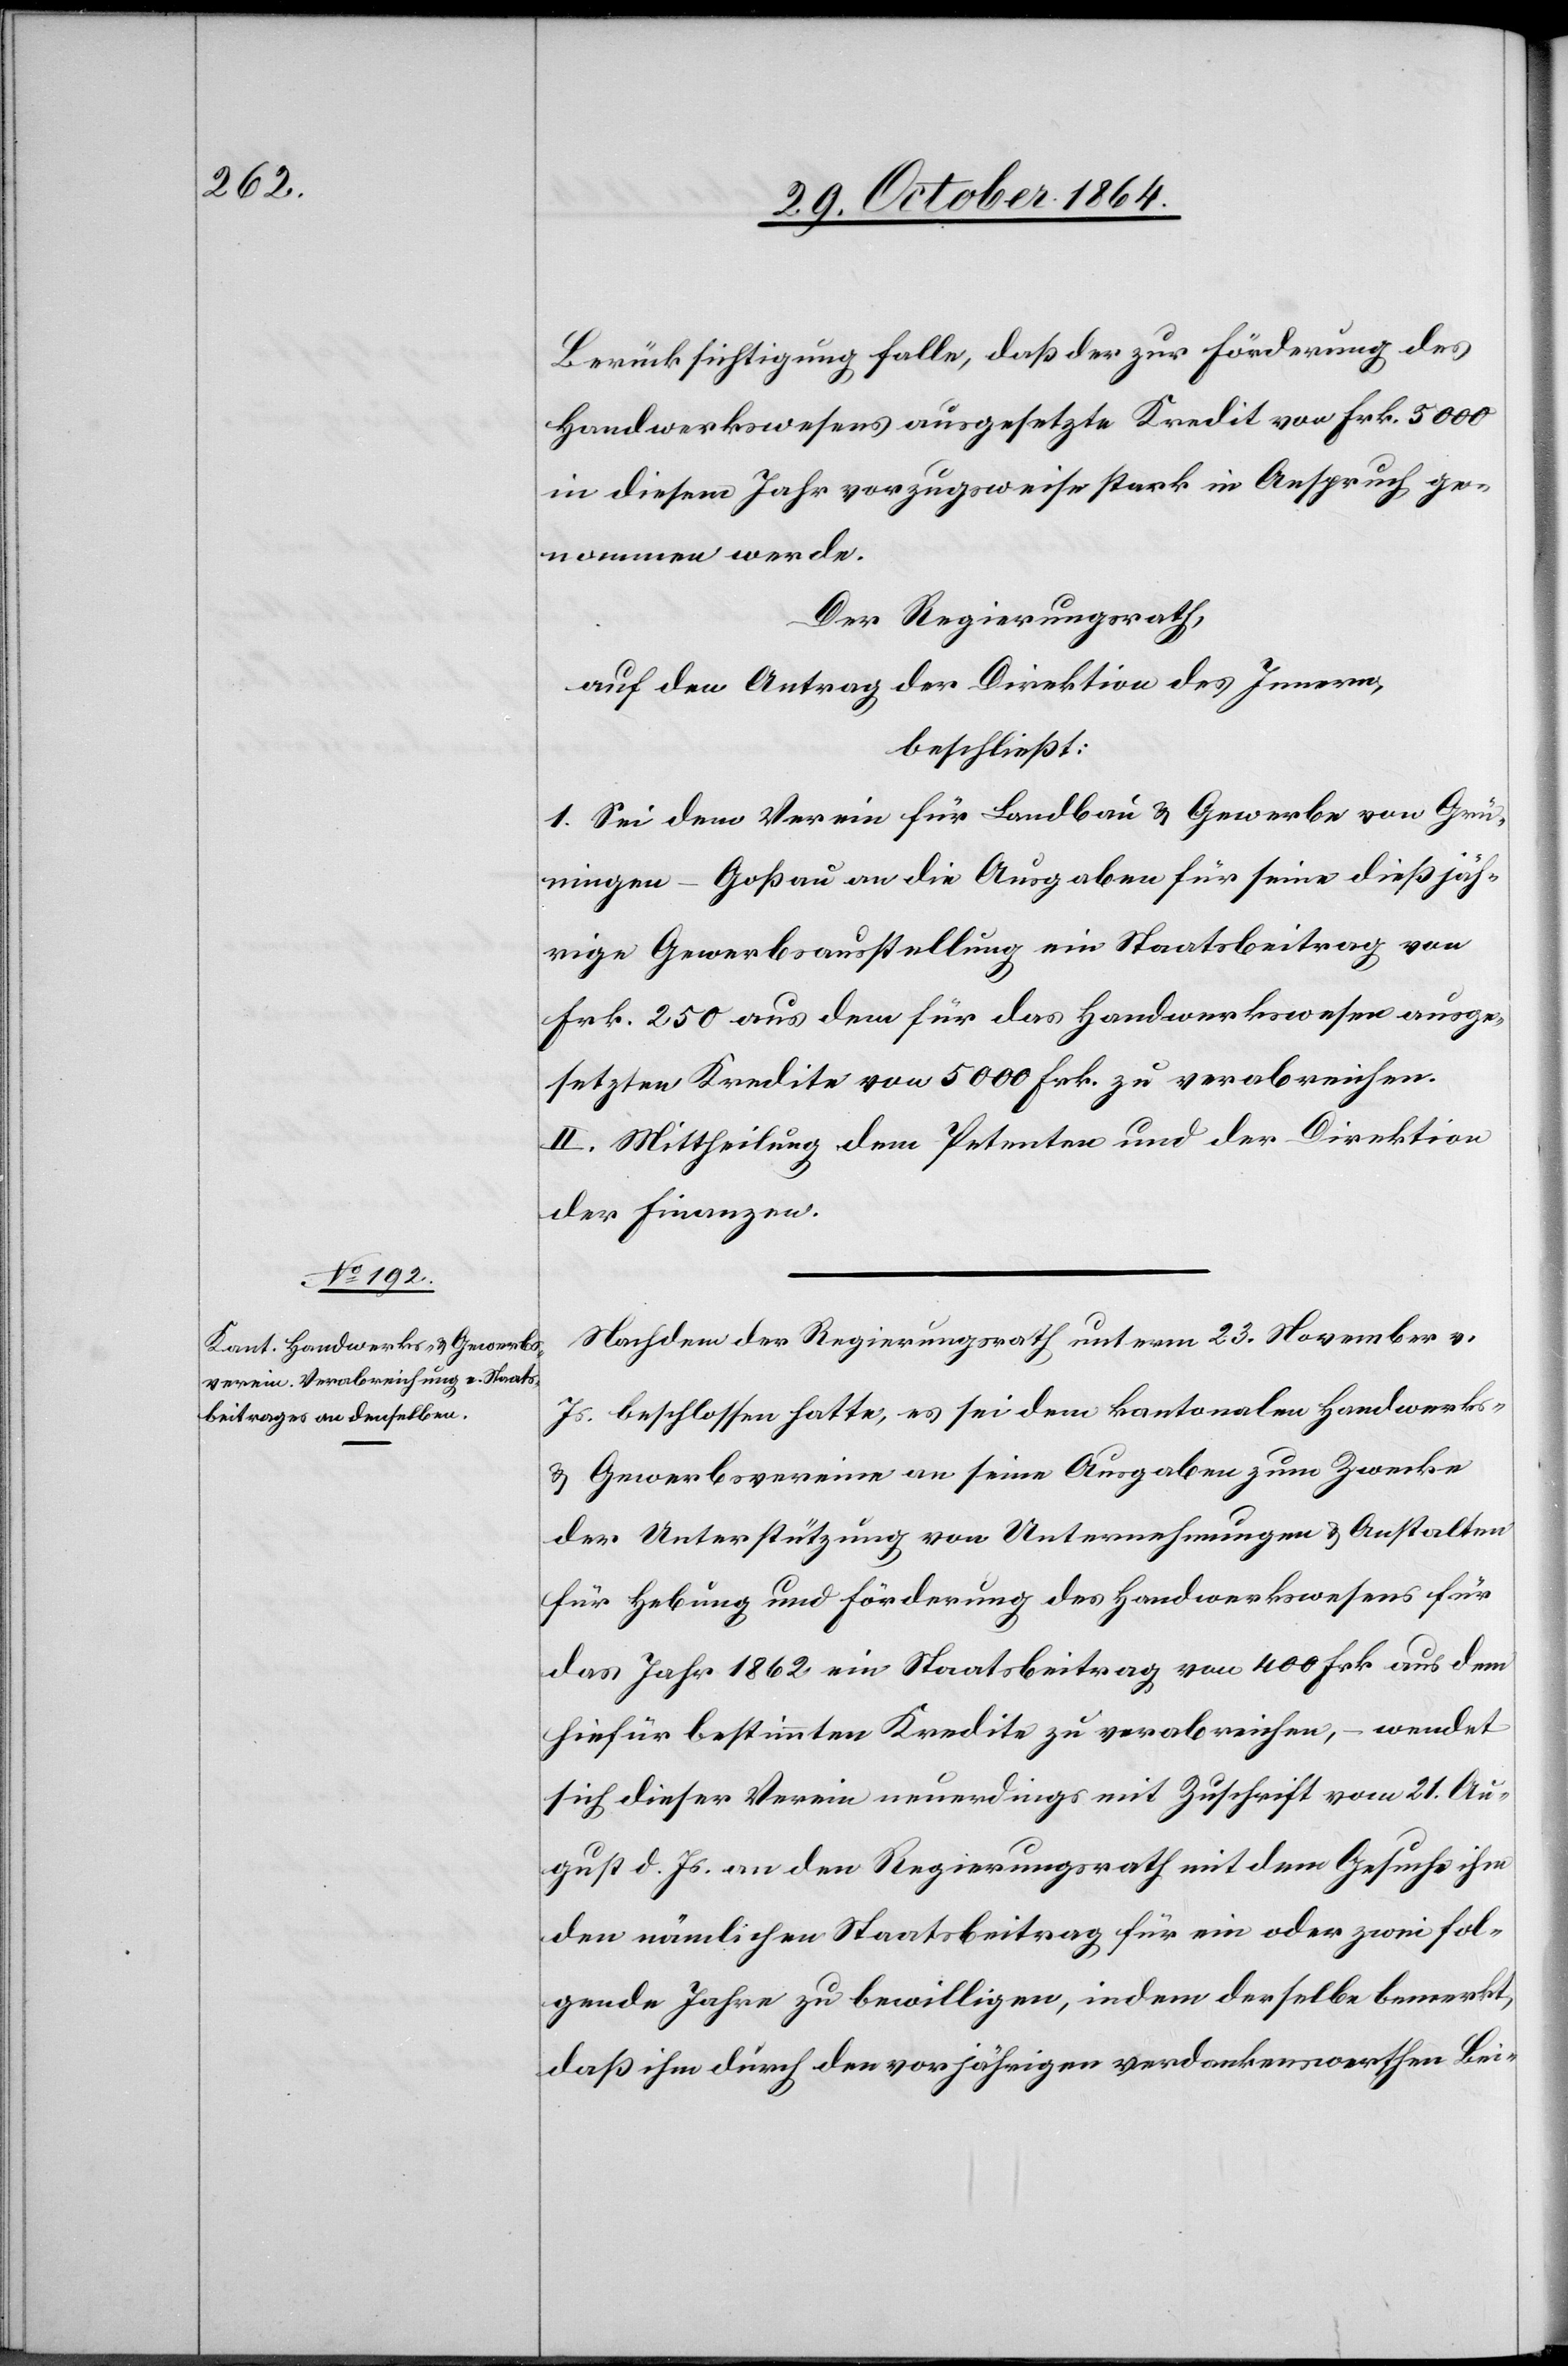
Berücksichtigung falle, daß der zur Förderung des
Handwerkswesens ausgesetzte Kredit von Frk. 5000
in diesem Jahr vorzugsweise stark in Anspruch ge¬
nommen werde.
Der Regierungsrath,
auf den Antrag der Direktion des Innern,
beschließt:
1. Sei dem Verein für Landbau & Gewerbe von Grü¬
ningen-Goßau an die Ausgaben für seine dießjäh¬
rige Gewerbsausstellung ein Staatsbeitrag von
Frk. 250 aus dem für das Handwerkswesen ausge¬
setzten Kredite von 5000 Frk. zu verabreichen.
[sic!] Mittheilung dem Petenten und der Direktion
der Finanzen.
Nachdem der Regierungsrath unterm 23. November v.
Js. beschlossen hatte, es sei dem kantonalen Handwerks-
& Gewerbsvereine an seine Ausgaben zum Zwecke
der Unterstützung von Unternehmungen & Anstalten
für Hebung und Förderung des Handwerkswesens für
das Jahr 1862 ein Staatsbeitrag von 400 Frk. aus dem
hiefür bestimmten Kredite zu verabreichen, – wendet
sich dieser Verein neuerdings mit Zuschrift vom 21. Au¬
gust d. Js. an den Regierungsrath mit dem Gesuche ihm
den nämlichen Staatsbeitrag für ein oder zwei fol¬
gende Jahre zu bewilligen, indem derselbe bemerkt,
daß ihm durch den vorjährigen verdankenswerthen Bei-